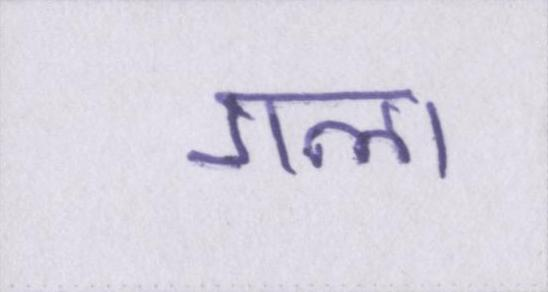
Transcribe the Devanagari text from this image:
गला